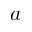
a